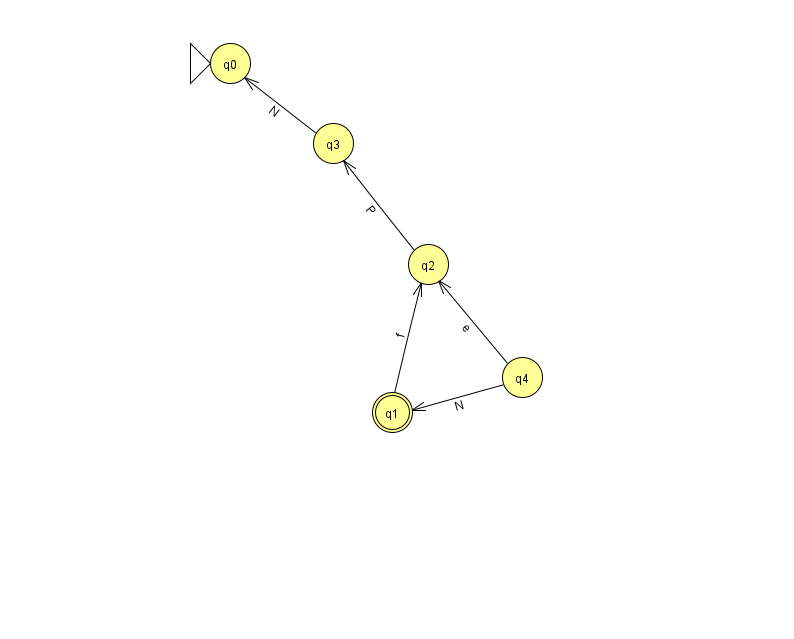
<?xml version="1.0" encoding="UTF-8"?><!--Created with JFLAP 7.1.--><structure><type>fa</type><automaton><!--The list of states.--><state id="0" name="q0"><x>230.0</x><y>50.0</y><initial/></state><state id="1" name="q1"><x>392.0</x><y>399.0</y><final/></state><state id="2" name="q2"><x>428.0</x><y>251.0</y></state><state id="3" name="q3"><x>333.0</x><y>130.0</y></state><state id="4" name="q4"><x>522.0</x><y>364.0</y></state><!--The list of transitions.--><transition><from>2</from><to>3</to><read>P</read></transition><transition><from>3</from><to>0</to><read>N</read></transition><transition><from>1</from><to>2</to><read>f</read></transition><transition><from>4</from><to>1</to><read>N</read></transition><transition><from>4</from><to>2</to><read>e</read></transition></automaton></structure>